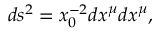
d s ^ { 2 } = x _ { 0 } ^ { - 2 } d x ^ { \mu } d x ^ { \mu } ,